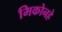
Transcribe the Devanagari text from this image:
मिकोनहे